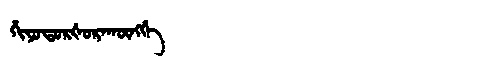
Manchu: ᡥᡳᠶᠣᡨᠣᡵᡧᠣᡵᠠᡴᡡᠩᡤᡝ
Romanization: HIYOTORŠORAKŪNGGE